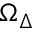
\Omega _ { \Delta }